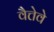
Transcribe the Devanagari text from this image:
वैत्तेवे